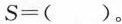
S=()。